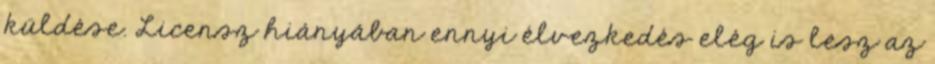
küldése. Licensz hiányában ennyi élvezkedés elég is lesz az